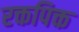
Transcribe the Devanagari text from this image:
रक्तपिक्त